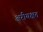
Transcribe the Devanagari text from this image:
अरीयक्षत